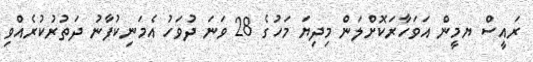
ރައީސް ޔމީން އަވަހާރަކޮށްލަން މިދިޔަ މަހުގެ 28 ވަނަ ދުވަހު އެމަނިކުފާނު ދަތުރުކުރެއްވި